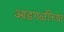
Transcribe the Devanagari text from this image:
आडगळीच्या